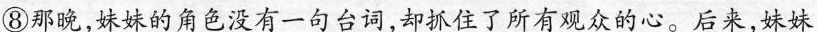
⑧那晚，妹妹的角色没有一句台词，却抓住了所有观众的心。后来，妹妹